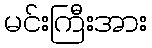
မင်းကြီးအား